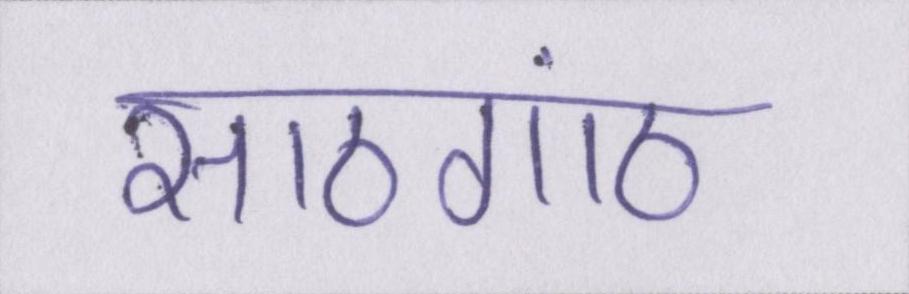
साठगांठ